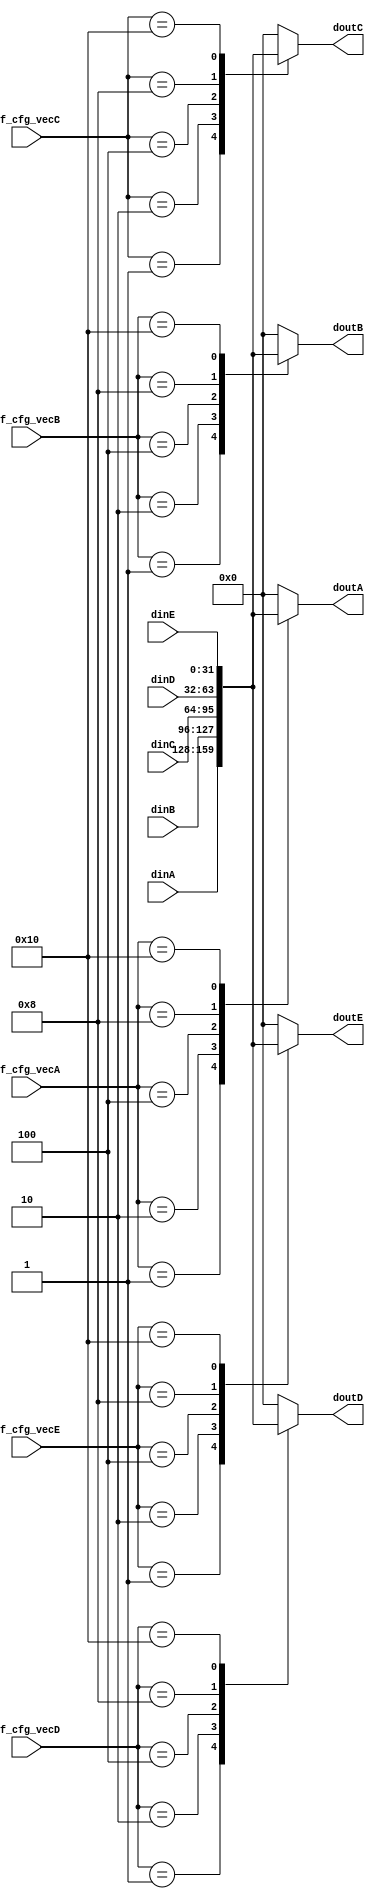

`timescale 1ns / 1ps

/* '''
Documentation
 '''*/

module switch_fabric
	(
    // --- inputs --- //
        input wire [31:0] dinA, // x+
        input wire [31:0] dinB, // x-
        input wire [31:0] dinC, // y+
        input wire [31:0] dinD, // y-
        input wire [31:0] dinE, // pe

        input wire [4:0]  sf_cfg_vecA,
        input wire [4:0]  sf_cfg_vecB,
        input wire [4:0]  sf_cfg_vecC,
        input wire [4:0]  sf_cfg_vecD,
        input wire [4:0]  sf_cfg_vecE,
    // --- outputs --- //
		output reg [31:0] doutA, // x+
		output reg [31:0] doutB, // x-
		output reg [31:0] doutC, // y+
		output reg [31:0] doutD, // y-
		output reg [31:0] doutE  // pe
    );


// --- localpara --- //
    localparam RQS0 = 5'b00001;
    localparam RQS1 = 5'b00010;
    localparam RQS2 = 5'b00100;
    localparam RQS3 = 5'b01000;
    localparam RQS4 = 5'b10000;



// --- A mux X+ --- //
    always @(*) begin
        doutA = {32{1'b0}};
        case (sf_cfg_vecA)
            RQS0:   doutA = dinA;
            RQS1:   doutA = dinB;
            RQS2:   doutA = dinC;
            RQS3:   doutA = dinD;
            RQS4:   doutA = dinE;
        endcase
    end


// --- B mux X- --- //
    always @(*) begin
        doutB = {32{1'b0}};
        case (sf_cfg_vecB)
            RQS0:   doutB = dinA;
            RQS1:   doutB = dinB;
            RQS2:   doutB = dinC;
            RQS3:   doutB = dinD;
            RQS4:   doutB = dinE;
        endcase
    end



// --- C mux Y+ --- //
    always @(*) begin
        doutC = {32{1'b0}};
        case (sf_cfg_vecC)
            RQS0:   doutC = dinA;
            RQS1:   doutC = dinB;
            RQS2:   doutC = dinC;
            RQS3:   doutC = dinD;
            RQS4:   doutC = dinE;
        endcase
    end



// --- D mux Y- --- //
    always @(*) begin
        doutD = {32{1'b0}};
        case (sf_cfg_vecD)
            RQS0:   doutD = dinA;
            RQS1:   doutD = dinB;
            RQS2:   doutD = dinC;
            RQS3:   doutD = dinD;
            RQS4:   doutD = dinE;
        endcase
    end



// --- E mux PE --- //
    always @(*) begin
        doutE = {32{1'b0}};
        case (sf_cfg_vecE)
            RQS0:   doutE = dinA;
            RQS1:   doutE = dinB;
            RQS2:   doutE = dinC;
            RQS3:   doutE = dinD;
            RQS4:   doutE = dinE;
        endcase
    end


endmodule